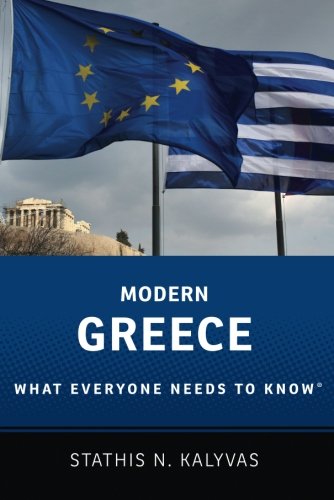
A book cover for Modern Greece: What Everyone Needs to KnowÂ®; Stathis Kalyvas; Law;